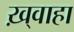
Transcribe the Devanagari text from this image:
ख़्वाहा